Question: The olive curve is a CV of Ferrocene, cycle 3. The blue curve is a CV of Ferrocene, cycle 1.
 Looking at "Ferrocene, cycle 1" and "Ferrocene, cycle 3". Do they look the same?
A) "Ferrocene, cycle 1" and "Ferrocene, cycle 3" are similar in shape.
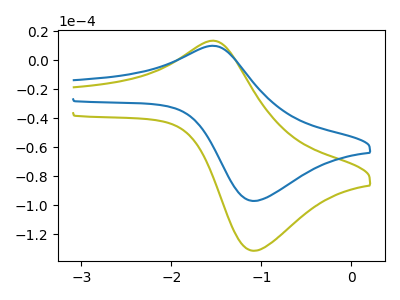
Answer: <think>The olive curve "Ferrocene, cycle 3" has an anodic peak at (-1.55V, 13.30uA) and a cathodic peak at (-1.05V, -131.45uA). The blue curve "Ferrocene, cycle 1" has an anodic peak at (-1.55V, 9.85uA) and a cathodic peak at (-1.05V, -97.10uA).
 All the peaks in "Ferrocene, cycle 1" have a peak in "Ferrocene, cycle 3" at the same potential. Every peak in "Ferrocene, cycle 1" is lower than every peak in "Ferrocene, cycle 3".</think>
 <answer>A) "Ferrocene, cycle 1" and "Ferrocene, cycle 3" are similar in shape.</answer>
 <eval>A</eval>